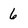
Character: 6